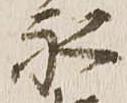
永